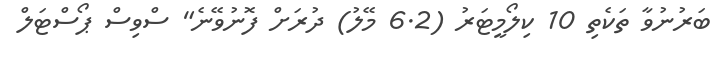
ބަރުނުވާ ތަކެތި 10 ކިލޯމީޓަރު (6.2 މޭލު) ދުރަށް ފޮނުވޭނެ" ސްވިސް ޕޯސްޓަލް